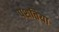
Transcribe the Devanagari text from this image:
पशतिया